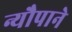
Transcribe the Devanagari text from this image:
न्यौपाने